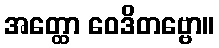
အတ္ထော ဝေဒိတဗ္ဗော။